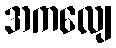
အကလျေ